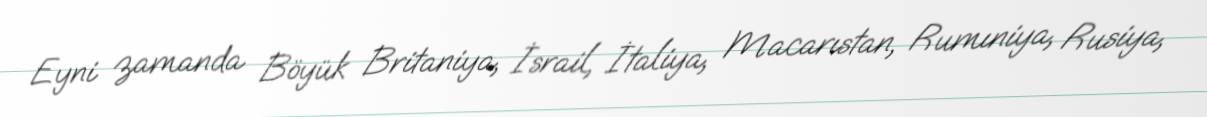
Eyni zamanda Böyük Britaniya, İsrail, İtaliya, Macarıstan, Rumıniya, Rusiya,